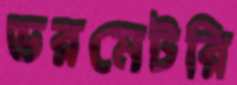
ডরমেটরি